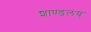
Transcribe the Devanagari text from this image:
शाण्डलय्